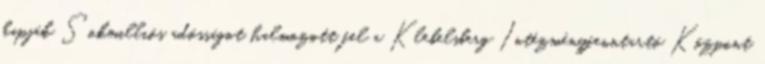
kapják Sokmilliós adósságot halmozott fel a Klebelsberg Intézményfenntartó Központ